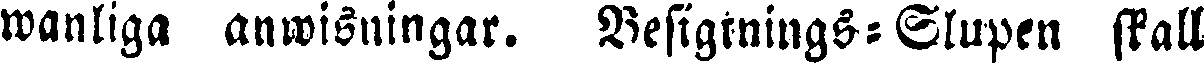
wanliga anwisningar. Besigtnings-Slupen skall